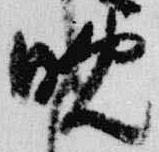
晩